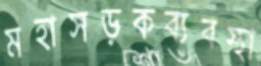
মহাসড়কব্যবস্থা